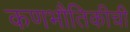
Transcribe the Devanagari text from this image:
कणभौतिकीची